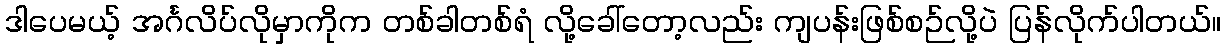
ဒါပေမယ့် အင်္ဂလိပ်လိုမှာကိုက တစ်ခါတစ်ရံ လို့ခေါ်တော့လည်း ကျပန်းဖြစ်စဉ်လို့ပဲ ပြန်လိုက်ပါတယ်။